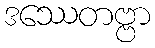
ဒဿေတဗ္ဗာ